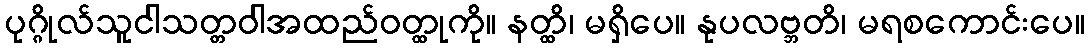
ပုဂ္ဂိုလ်သူငါသတ္တဝါအထည်ဝတ္ထုကို။ နတ္ထိ၊ မရှိပေ။ နုပလဗ္ဘတိ၊ မရစကောင်းပေ။